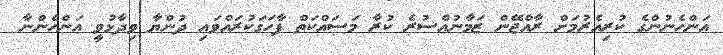
އަންހެނުންގެ ކުރިއެރުމަށް ރާއްޖޭން ޒަމާނުއްސުރެ ކުރާ މަސައްކަތް ފާހަގަކުރައްވައި ދުންޔާ ވިދާޅުވީ އަންހެންނާ